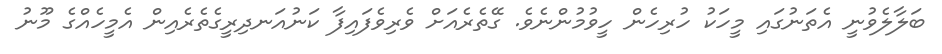
ބަލާލެވުނީ އެތަނުގައި މީހަކު ހުރިހެން ހީވުމުންނެވެ. ގޭތެރެއަށް ވެރިވެފައިފާ ކަނުއަނދިރީގެތެރެއިން އެމީހެއްގެ މޫނު